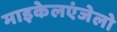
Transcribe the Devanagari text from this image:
माइकेलएंजेलो